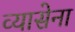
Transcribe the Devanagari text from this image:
व्यासेना